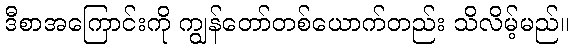
ဒီစာအကြောင်းကို ကျွန်တော်တစ်ယောက်တည်း သိလိမ့်မည်။